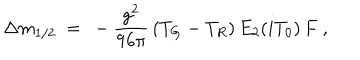
\Delta m _ { 1 / 2 } \ = \ - { \frac { g ^ { 2 } } { 9 6 \pi } } \, ( T _ { G } - T _ { R } ) \, E _ { 2 } ( i T _ { 0 } ) \, F \ ,